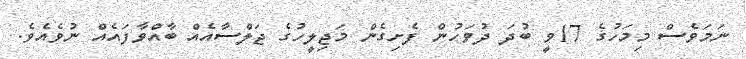
ނަމަވެސް މިމަހުގެ 17ވީ ބުދަ ދުވަހުން ފެށިގެން މަޖިލީހުގެ ޖަލްސާއެއް ބާއްވާފައެއް ނުވެއެވެ.